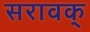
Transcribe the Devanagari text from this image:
सरावक्